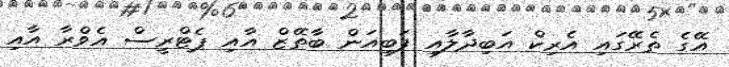
އޭގެ ތެރޭގައި އެރިކް އަބިދާލާއި ފަބިއަން ބާތޭޒް އާއި ޕެޓްރީސް އެވްރާ އާއި